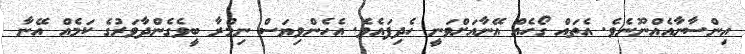
އިންސާނާއެއްނޫނެވެ. އެތައް ގޯހެއް އޭނާއަށްވަނީ ހެދިފައެވެ. އެހެންވިޔަސް ނިމްރާ ބީވެގެންދާވަރުގެ ކަމެއް އޭނާ